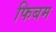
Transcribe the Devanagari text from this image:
फिबम